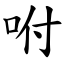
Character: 咐